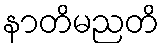
နာတိမညတိ